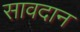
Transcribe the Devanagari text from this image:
सावदान